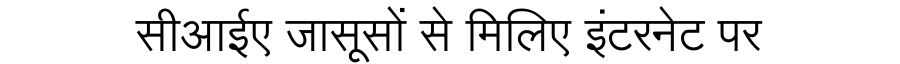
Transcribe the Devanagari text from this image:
सीआईए जासूसों से मिलिए इंटरनेट पर